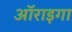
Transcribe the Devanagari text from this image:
ऑराइगा